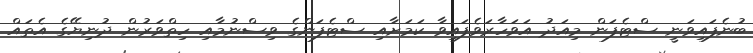
ބުނެފައިވަނީ ސްޓެފަން މިއަދު އަވަހާރަވެފައިވާ ކަމަށާއި ސްޓެފަންގެ ވިސްނުމާއި ހިތްވަރުން ދުނިޔޭގެ އެތައް